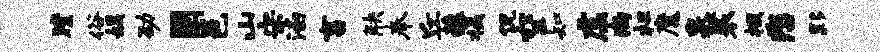
瞠俗娱劭固邑山宋涵畜觖奉丘蕴摄侃空知虚尚枉魔泉裟掇悲夥